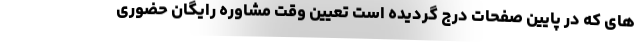
های که در پایین صفحات درج گردیده است تعیین وقت مشاوره رایگان حضوری